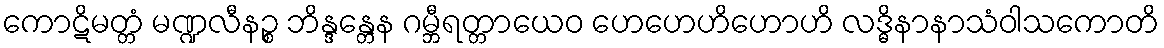
ကောဋိမတ္တံ မဏ္ဍလီနဉ္စ ဘိန္ဒန္တေန ဂမ္ဘီရတ္တာယေဝ ဟေဟေဟိဟောဟိ လဒ္ဓိနာနာသံဝါသကောတိ